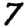
Digit: 7